Reports on dispensaries and lunatic asylums in the Province of Oudh - 1869-1876
Year: 1869
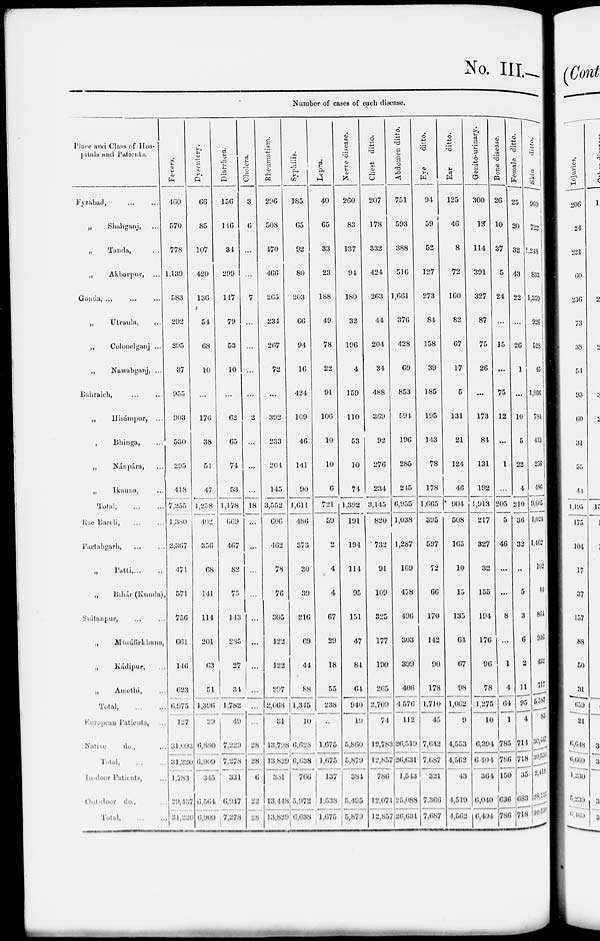
No. III.—
Number of cases of each disease.
Place and Class of Hospitals and Patients.
Fyzabad, ... ...
„
Shahganj,
...
„
Tanda, ...
„
Akbarpur, ...
Gonda, ... ... ...
„
Utraula, ...
„
Colonelganj ...
„
Nawabganj, ...
Bahraich, ... ...
„
Hisámpur,
...
,
Bhinga, ...
„
Nánpára, ...
„
Ikauna, ...
Total,
...
...
Rae Bareli ... ...
Partabgarh, ... ...
„
Patti, ... ...
„
Bihár
(Kunda),
Sultanpur, ... ...
„
Musáfirkhana,
„
Kádipur, ...
„
Amethi, ...
Total,
...
...
European Patients, ...
Native
do., ...
Total, ... ...
In-door Patients, ...
Out-door
do.,
Total,
...
...
Fevers.
460
570
778
1,139
583
292
295
37
955
903
530
295
448
7,255
1,380
2,367
471
571
756
66l
146
623
6,975
127
31,093
31,220
1,783
29,137
31,220
Dysentery.
66
85
107
420
136
54
68
10
...
176
38
51
47
1,258
402
356
68
141
114
201
63
51
1,396
29
6,880
6,909
345
6,564
6,909
Diarrhœa.
156
146
34
299
147
79
53
10
...
62
65
74
53
1,178
669
467
82
75
143
285
27
34
1,782
49
7,229
7,278
331
6,947
7,278
Cholera.
3
6
...
...
7
...
...
...
...
2
...
...
...
18
...
...
...
...
...
...
...
...
...
...
28
28
6
22
28
Rheumatism.
296
508
470
466
265
234
267
72
...
392
233
204
145
3,552
606
462
78
76
305
122
122
297
2,068
31
13,798
13,829
331
13,448
13,829
Syphilis.
185
65
92
80
203
66
94
16
424
109
46
141
90
1,611
486
373
30
39
216
69
44
88
1,345
10
6,628
6,638
766
5,972
6,638
Lepra.
40
65
33
23
188
49
78
22
91
106
10
10
6
721
59
2
4
4
67
29
18
55
238
...
l,675
1,675
137
1,538
1,675
Nerve disease.
260
83
137
94
180
32
196
4
159
110
53
10
74
1,392
191
194
114
95
151
47
84
64
940
19
5,860
5,879
384
5,495
5,879
Chest ditto.
207
178
332
424
263
44
204
34
488
369
92
276
234
3,145
820
732
91
109
325
177
190
265
2,709
74
12,783
12,857
786
12,071
12,857
Abdomen ditto.
751
593
388
516
1,661
376
428
69
853
594
196
285
245
6,955
1,038
1,287
169
478
496
303
399
406
4,576
112
26,519
26,631
1,543
25,088
26,631
Eye
ditto.
94
59
52
127
273
84
158
39
185
195
143
78
178
1,665
395
597
72
66
170
142
90
178
1,710
45
7,642
7,687
321
7,366
7,687
Ear
ditto.
125
46
8
72
160
82
67
17
5
131
21
124
46
904
508
165
10
15
135
64
67
98
1,062
9
4,553
4,562
43
4,519
4,562
Genito-urinary.
300
13
114
391
327
87
75
26
...
173
84
131
192
1,913
217
327
32
155
194
176
96
78
1,275
10
6,394
6,404
364
6,040
6,404
Bone
disease.
26
10
37
5
24
...
15
...
75
12
...
1
...
205
5
46
...
...
8
...
1
4
64
1
785
786
150
636
786
Female ditto.
25
20
32
43
22
...
26
1
...
10
5
22
4
210
36
32
...
5
3
6
2
11
95
4
714
718
35
683
718
Skin
ditto.
969
722
1,248
833
1,359
926
528
45
1,036
784
413
256
486
9,605
1,024
1,462
102
40
864
946
432
717
5,587
83
30,447
30,530
2,418
28,112
30,530